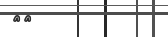
٩١